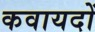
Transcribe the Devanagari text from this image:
कवायदों